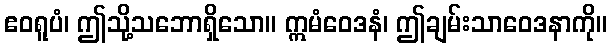
ဧဝရူပံ၊ ဤသို့သဘောရှိသော။ ဣမံဝေဒနံ၊ ဤချမ်းသာဝေဒနာကို။